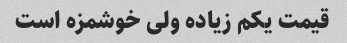
قیمت یکم زیاده ولی خوشمزه است